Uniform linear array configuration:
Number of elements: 16
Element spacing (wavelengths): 0.75
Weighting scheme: cosine
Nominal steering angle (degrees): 60
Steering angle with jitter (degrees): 60.302
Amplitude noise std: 0.05
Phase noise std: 0.05

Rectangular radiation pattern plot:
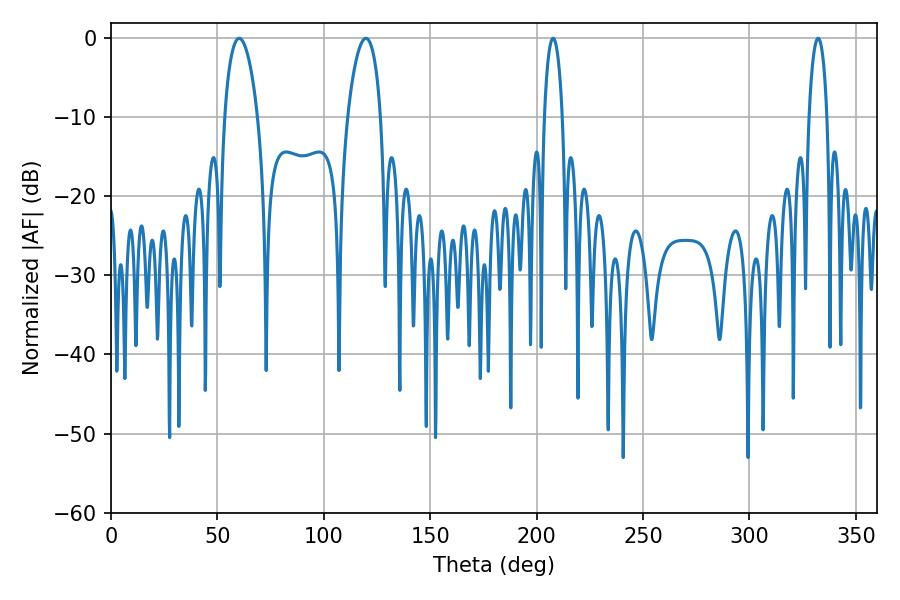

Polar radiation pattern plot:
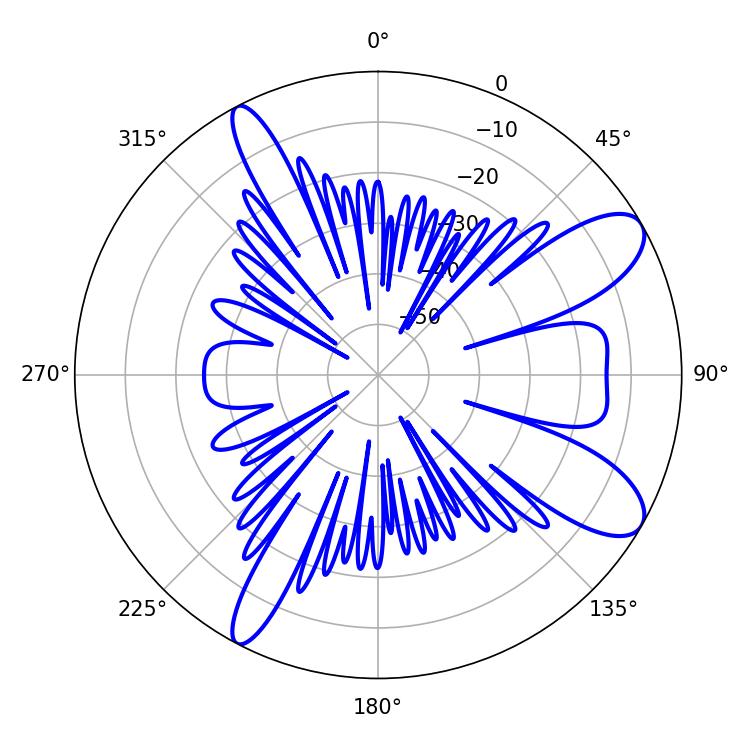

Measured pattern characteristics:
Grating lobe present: TRUE
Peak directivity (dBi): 9.74
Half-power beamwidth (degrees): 4.86
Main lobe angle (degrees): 207.72